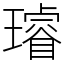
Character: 璿